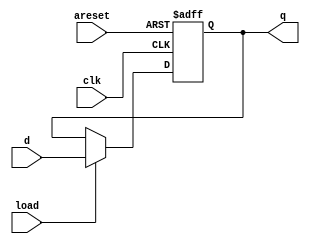
module Buffer(
  input areset,clk,load,
  input [7:0] d,
  output reg [7:0] q
);

always@(posedge clk or negedge areset)
begin
  if(!areset)
   q <= 8'h00;
  else if(load)
   q <= d;
end

endmodule